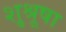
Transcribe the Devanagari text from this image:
शु्श्रूषा